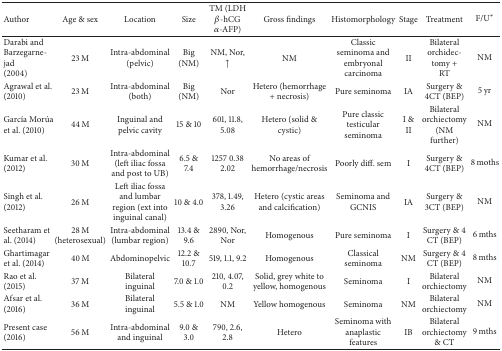
| Author | Age & sex | Location | Size | TM (LDH β-hCG α-AFP) | Gross findings | Histomorphology | Stage | Treatment | F/U∗ |
 | --- | --- | --- | --- | --- | --- | --- | --- | --- | --- |
 | Darabi and Barzegarnejad (2004) | 23 M | Intra-abdominal (pelvic) | Big (NM) | NM, Nor, ↑ | NM | Classic seminoma and embryonal carcinoma | II | Bilateral orchidectomy + RT | NM |
 | Agrawal et al. (2010) | 23 M | Intra-abdominal (both) | Big (NM) | Nor | Hetero (hemorrhage + necrosis) | Pure seminoma | IA | Surgery & 4CT (BEP) | 5 yr |
 | García Morúa et al. (2010) | 44 M | Inguinal and pelvic cavity | 15 & 10 | 601, 11.8, 5.08 | Hetero (solid & cystic) | Pure classic testicular seminoma | I & II | Bilateral orchiectomy (NM further) | NM |
 | Kumar et al. (2012) | 30 M | Intra-abdominal (left iliac fossa and post to UB) | 6.5 & 7.4 | 1257 0.38 2.02 | No areas of hemorrhage/necrosis | Poorly diff. sem | I | Surgery & 4CT (BEP) | 8 moths |
 | Singh et al. (2012) | 26 M | Left iliac fossa and lumbar region (ext into inguinal canal) | 10 & 4.0 | 378, 1.49, 3.26 | Hetero (cystic areas and calcification) | Seminoma and GCNIS | IA | Surgery & 3CT (BEP) | NM |
 | Seetharam et al. (2014) | 28 M (heterosexual) | Intra-abdominal (lumbar region) | 13.4 & 9.6 | 2890, Nor, Nor | Homogenous | Pure seminoma | I | Surgery & 4 CT (BEP) | 6 mths |
 | Ghartimagar et al. (2014) | 40 M | Abdominopelvic | 12.2 & 10.7 | 519, 1.1, 9.2 | Homogenous | Classical seminoma | NM | Surgery & 4 CT (BEP) | 8 mths |
 | Rao et al. (2015) | 37 M | Bilateral inguinal | 7.0 & 1.0 | 210, 4.07, 0.2 | Solid, grey white to yellow, homogenous | Seminoma | I | Bilateral orchiectomy | NM |
 | Afsar et al. (2016) | 36 M | Bilateral inguinal | 5.5 & 1.0 | NM | Yellow homogenous | Seminoma | NM | Bilateral orchiectomy | NM |
 | Present case (2016) | 56 M | Intra-abdominal and inguinal | 9.0 & 3.0 | 790, 2.6, 2.8 | Hetero | Seminoma with anaplastic features | IB | Bilateral orchiectomy & CT | 9 mths |